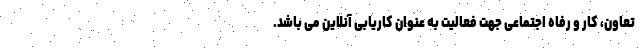
تعاون، کار و رفاه اجتماعی جهت فعالیت به عنوان کاریابی آنلاین می باشد.